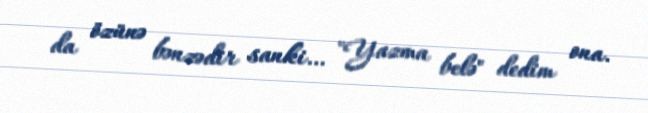
da özünə bənzədir sanki… "Yazma belə" dedim ona.